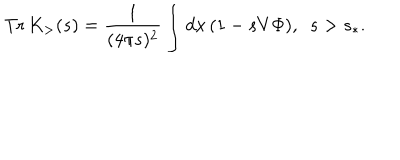
\mathrm { T r } \, K _ { > } ( s ) = \frac { 1 } { ( 4 \pi s ) ^ { 2 } } \int d x \, ( 1 - s V \Phi ) , \, \, \, s > s _ { \ast } .